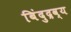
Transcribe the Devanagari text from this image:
बिंदुद्रव्य